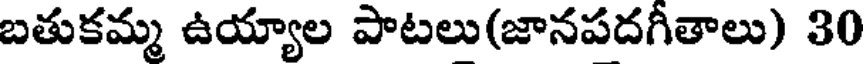
బతుకమ్మ ఉయ్యాల పాటలు(జానపదగీతాలు) 30